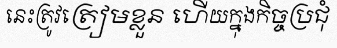
នេះត្រូវត្រៀមខ្លួន ហើយក្នុងកិច្ចប្រជុំ